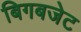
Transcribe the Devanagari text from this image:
बिगबजेट